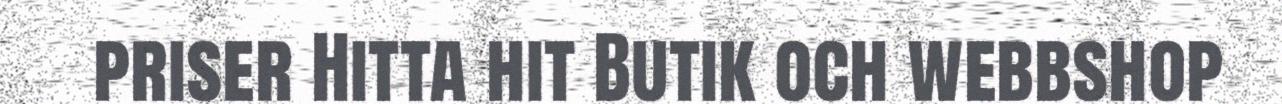
priser Hitta hit Butik och webbshop